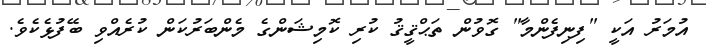
އުމަރު އަކީ "ފިނިފެންމާ" ގޮވުން ތަޙްޤީޤު ކުރި ކޮމިޝަންގެ މެންބަރުކަން ކުރެއްވި ބޭފުޅެކެވެ.